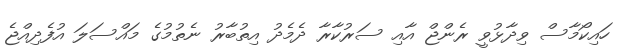
ހައިކޯމާސް ވިދާޅުވީ ރެންޖް އާއި ސަރުކާރާ ދެމެދު އިތުބާރު ނެތުމުގެ މައްސަލަ އުފެދިއްޖެ